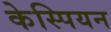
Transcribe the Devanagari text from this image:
केस्पियन